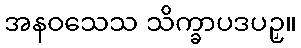
အနဝသေသ သိက္ခာပဒပဉှ။